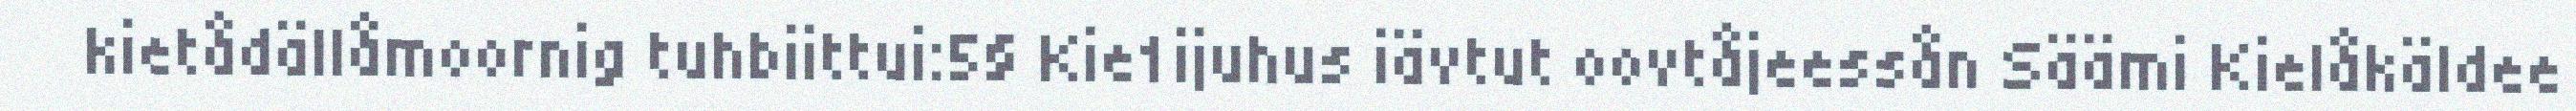
kietådällåmoornig tuhbiittui:5§ Kie1ijuhus iävtut oovtåjeessån Säämi Kielåkäldee